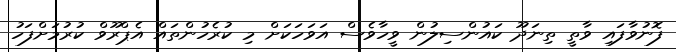
ފޮނުވާފައި ވާތީ ތިނަދޫ ކައުންސިލުން ވީހާވެސް އަވަހަކަށް މި ކުރެހުންތައް އެޕްރޫވް ކުރުމަށްފަހު